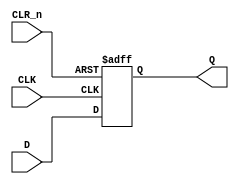
/**************************************************************************
** 74273                                                                 **
** OCTAL D-TYPE FLIP-FLOP WITH COMMON CLOCK AND ASYNCHRONOUS CLEAR       **
** (NONE NEGATING)                                                       **
**                                                                       **
** Documentation:  https://www.ti.com/lit/ds/symlink/sn54ls273-sp.pdf    **
**                                                                       **
** Last reviewed: 25-MAY-2024                                            **
** Ronny Hansen                                                          **
***************************************************************************/


module TTL_74273 (
    input wire CLK,        // Clock input
    input wire CLR_n,      // Active low clear input
    input wire [7:0] D,    // 8-bit data input
    output reg [7:0] Q     // 8-bit output
);

    // Flip-flop logic
    always @(posedge CLK or negedge CLR_n) begin
        if (!CLR_n) begin
            Q <= 8'b0;     // Reset output to 0 when clr_n is low
        end else begin
            Q <= D;        // Load data into flip-flops on rising edge of clk
        end
    end

endmodule